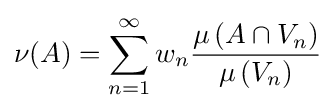
\nu (A)=\sum _{n=1}^{\infty }w_{n}{\frac {\mu \left(A\cap V_{n}\right)}{\mu \left(V_{n}\right)}}